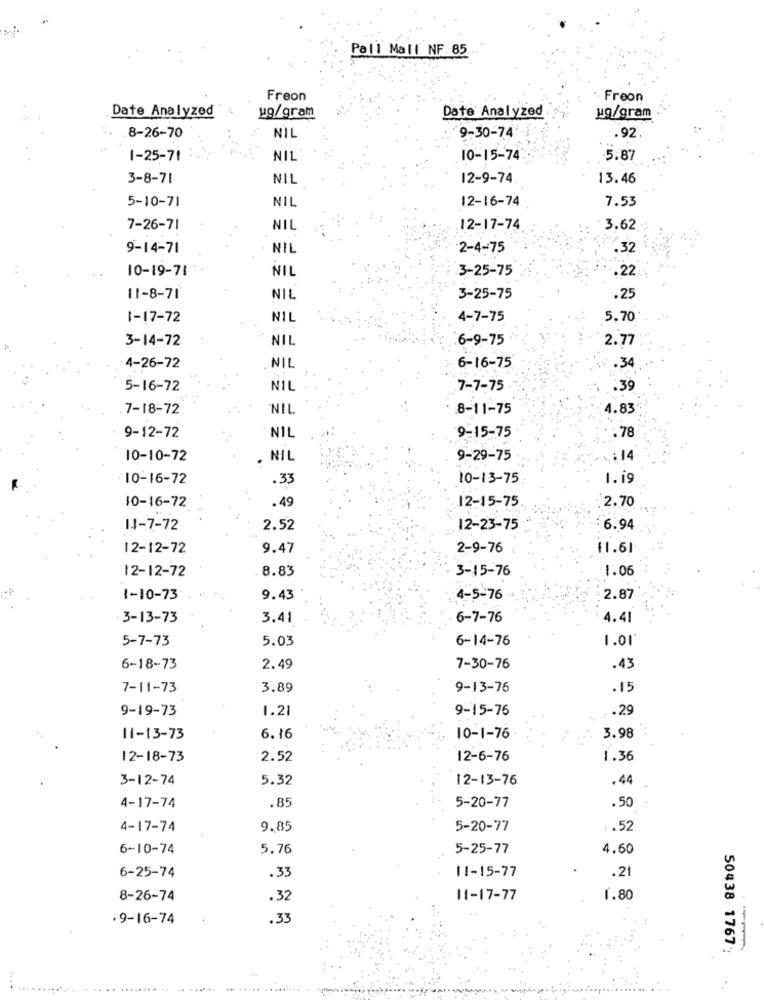
Pall Mall NF. 85
Freon
. Freon
Date Analyzed
ug/gram
Date Analyzed
ug/gram
8-26-70
NIL
9-30-74
.92
1-25-71
NIL
10-15-74
5.87
3-8-71
NIL
12-9-74.
13.46
5-10-71
12-16-74
7.53
NIL
7-26-71
NIL
12-17-74
3.62
9-14-71
NIL
2-4-75
.32
10-19-71
NIL
3-25-75
.22
11-8-71
NIL
3-25-75
.25
1-17-72
NIL
4-7-75
5.70
3-14-72
NIL
6-9-75
2.77
4-26-72
NIL
6-16-75
.34
5-16-72
NIL
7-7-75
.39
7-18-72
NIL
8-11-75
4.83
9-12-72
9-15-75
.78
NIL
10-10-72
. NIL
9-29-75
.: 14
10-16-72
.33
10-13-75
1. i9
10-16-72
.49
2.70
12-15-75
14-7-72
2.52
12-23-75
6.94
12-12-72
9.47
2-9-76
11.61
12-12-72
8.83
3-15-76
1.06
1-10-73
9.43
4-5-76
2.87
3-13-73
3.41
6-7-76
4.41
5-7-73
5.03
6-14-76
1.01
6-18-73
2.49
7-30-76
.43
7-11-73
3.89
9-13-76
.15
9-19-73
1.21
9-15-76
. . 29
11-13-73
6. 16
10-1-76
3.98
12-18-73
2.52
12-6-76
1.36
3-12-74
5.32
12-13-76
.44
.85
4-17-74
5-20-77
.50
4-17-74
9.85
5-20-77
.. 52
6-10-74
5.76
5-25-77
4.60
6-25-74
11-15-77
.21
.33
8-26-74
.32
11-17-77
1.80
· 9-16-74
.33
50438 1767:
....